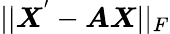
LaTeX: ||\boldsymbol{X}^{'}-\boldsymbol{AX}||_{F}